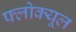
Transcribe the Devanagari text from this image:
फ्लोक्यूल